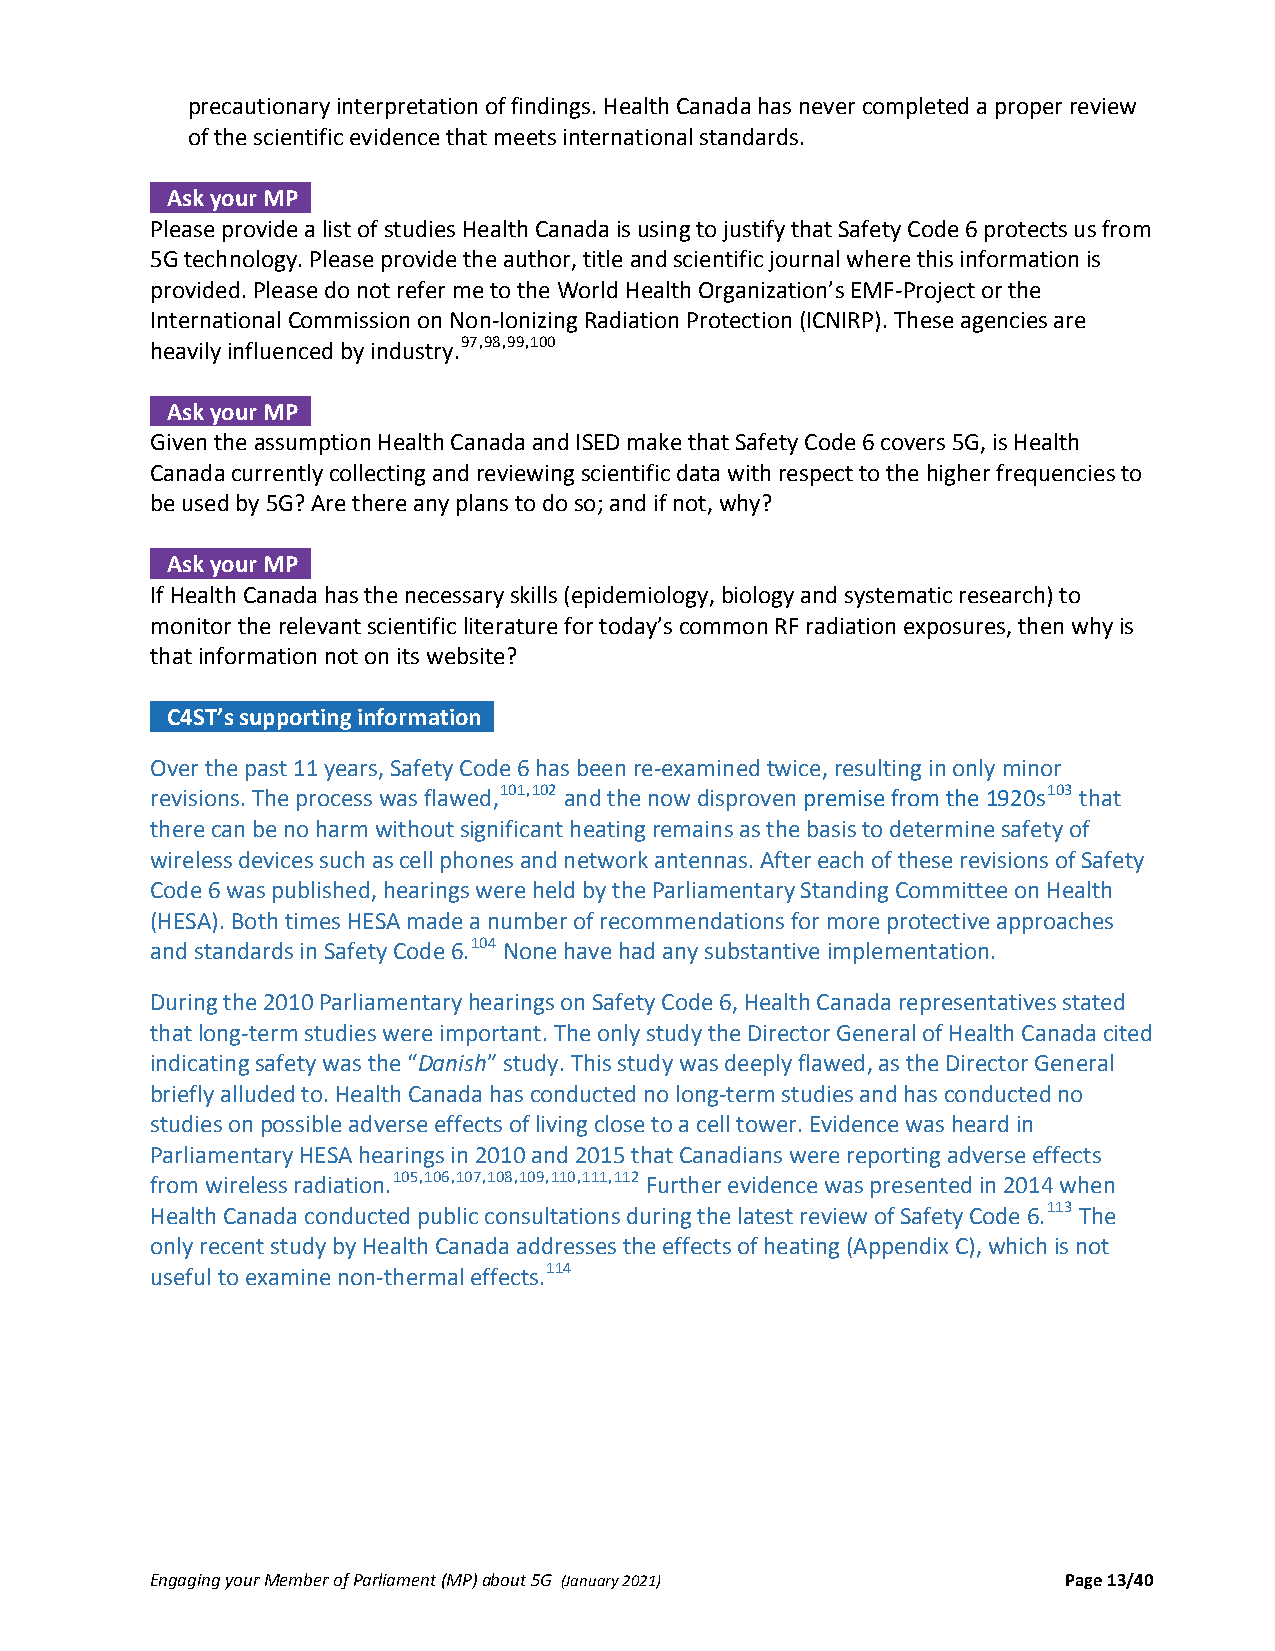
precautionary interpretation of findings. Health Canada has never completed a proper review
 of the scientific evidence that meets international standards.
 Ask your MP .
 Please provide a list of studies Health Canada is using to justify that Safety Code 6 protects us from
 5G technology. Please provide the author, title and scientific journal where this information is
 provided. Please do not refer me to the World Health Organization’s EMF‐Project or the
 International Commission on Non‐Ionizing Radiation Protection (ICNIRP). These agencies are
 heavily influenced by industry.97,98,99,100
 Ask your MP .
 Given the assumption Health Canada and ISED make that Safety Code 6 covers 5G, is Health
 Canada currently collecting and reviewing scientific data with respect to the higher frequencies to
 be used by 5G? Are there any plans to do so; and if not, why?
 Ask your MP .
 If Health Canada has the necessary skills (epidemiology, biology and systematic research) to
 monitor the relevant scientific literature for today’s common RF radiation exposures, then why is
 that information not on its website?
 C4ST’s supporting information .
 Over the past 11 years, Safety Code 6 has been re‐examined twice, resulting in only minor
 revisions. The process was flawed,101,102 and the now disproven premise from the 1920s103 that
 there can be no harm without significant heating remains as the basis to determine safety of
 wireless devices such as cell phones and network antennas. After each of these revisions of Safety
 Code 6 was published, hearings were held by the Parliamentary Standing Committee on Health
 (HESA). Both times HESA made a number of recommendations for more protective approaches
 and standards in Safety Code 6.104 None have had any substantive implementation.
 During the 2010 Parliamentary hearings on Safety Code 6, Health Canada representatives stated
 that long‐term studies were important. The only study the Director General of Health Canada cited
 indicating safety was the “Danish” study. This study was deeply flawed, as the Director General
 briefly alluded to. Health Canada has conducted no long‐term studies and has conducted no
 studies on possible adverse effects of living close to a cell tower. Evidence was heard in
 Parliamentary HESA hearings in 2010 and 2015 that Canadians were reporting adverse effects
 from wireless radiation.105,106,107,108,109,110,111,112 Further evidence was presented in 2014 when
 Health Canada conducted public consultations during the latest review of Safety Code 6.113 The
 only recent study by Health Canada addresses the effects of heating (Appendix C), which is not
 useful to examine non‐thermal effects.114
 Engaging your Member of Parliament (MP) about 5G (January 2021) Page 13/40